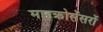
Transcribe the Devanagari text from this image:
माइक्रोसेंसरों